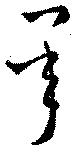
承